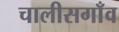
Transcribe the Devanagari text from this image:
चालीसगाँव